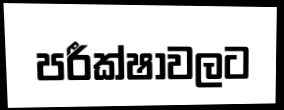
පරීක්ෂාවලට